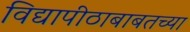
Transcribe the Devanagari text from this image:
विद्यापीठाबाबतच्या